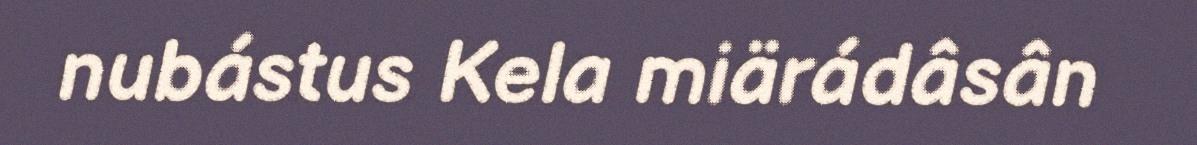
nubástus Kela miärádâsân